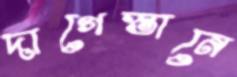
দাগেস্তানে